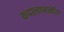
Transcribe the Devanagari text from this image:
कपालाननीय